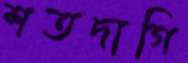
শতদাগি